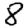
Digit: 8